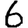
Digit: 6